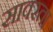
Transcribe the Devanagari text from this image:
सावरता